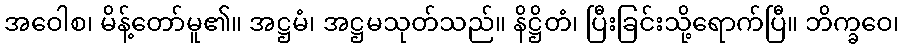
အဝေါစ၊ မိန့်တော်မူ၏။ အဋ္ဌမံ၊ အဋ္ဌမသုတ်သည်။ နိဋ္ဌိတံ၊ ပြီးခြင်းသို့ရောက်ပြီ။ ဘိက္ခဝေ၊